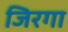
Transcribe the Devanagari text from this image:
जिरगा